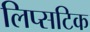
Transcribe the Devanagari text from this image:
लिप्सटिक